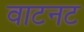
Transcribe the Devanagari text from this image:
वाटनट